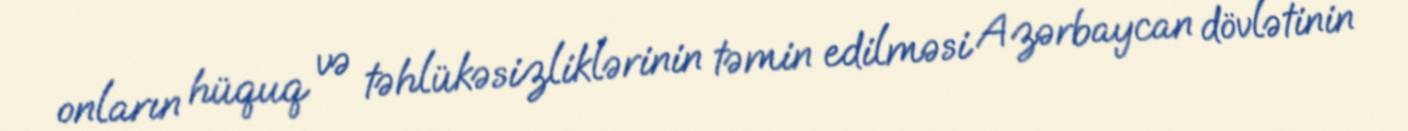
onların hüquq və təhlükəsizliklərinin təmin edilməsi Azərbaycan dövlətinin